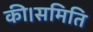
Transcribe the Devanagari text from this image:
की।समिति